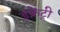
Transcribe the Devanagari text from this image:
इंफ्रेंट्री